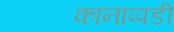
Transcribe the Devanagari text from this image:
कानाप्पडी